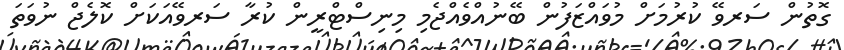
ގޮތުން ސަރވޭ ކުރުމަށް މުވައްޒަފުން ބޭނުއްވެއްޖެމި މިނިސްޓްރީން ކުރާ ސަރވޭއަކަށް ކޮލެޖް ނުވަތަ